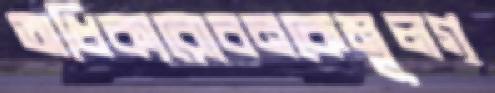
অধিক্যরোবনকেমূলগ্